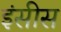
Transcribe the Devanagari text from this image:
इंसीस